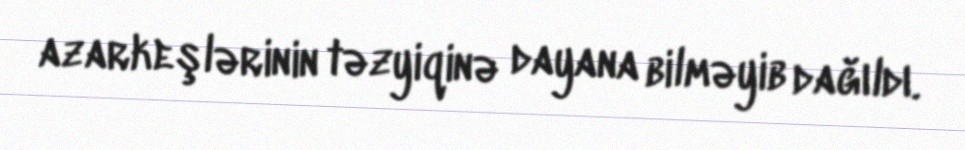
azarkeşlərinin təzyiqinə dayana bilməyib dağıldı.